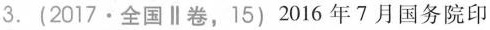
3.(2017·全国∥卷，15)2016年7月国务院印